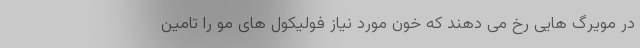
در مویرگ هایی رخ می دهند که خون مورد نیاز فولیکول های مو را تامین